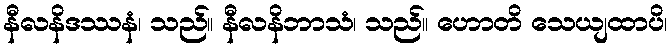
နီလနိဒဿနံ၊ သည်။ နီလနိဘာသံ၊ သည်။ ဟောတိ သေယျထာပိ၊